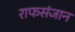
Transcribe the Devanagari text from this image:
राफसंजान